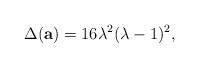
\begin{align*}\Delta(\mathbf{a}) = 16 \lambda^2 (\lambda -1)^2,\end{align*}